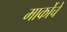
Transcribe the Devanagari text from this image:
मार्कोचे